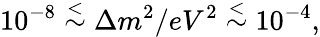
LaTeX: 10^{-8}\stackrel{<}{\sim}\Delta m^{2}/eV^{2}\stackrel{<}{\sim}10^{-4},